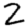
Digit: 2